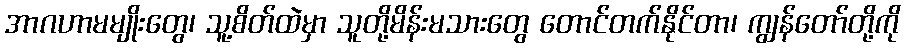
အာဂဟာမမျိုးတွေ၊ သူ့စိတ်ထဲမှာ သူတို့မိန်းမသားတွေ တောင်တက်နိုင်တာ၊ ကျွန်တော်တို့ကို